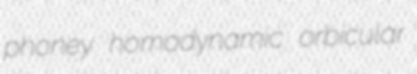
phoney homodynamic orbicular